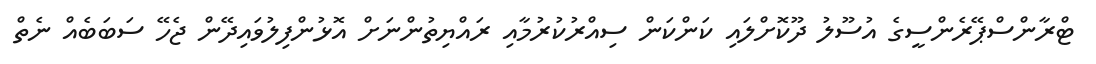
ޓްރާންސްޕޭރެންސީގެ އުސޫލު ދޫކޮށްލައި ކަންކަން ސިއްރުކުރުމާއި ރައްޔިތުންނަށް އޮޅުންފިލުވައިދޭން ޖެހޭ ސަބަބެއް ނެތް